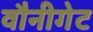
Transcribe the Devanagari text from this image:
वौनीगेट